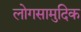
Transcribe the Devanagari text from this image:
लोगसामुदिक